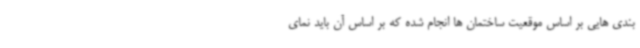
بندی هایی بر اساس موقعیت ساختمان ها انجام شده که بر اساس آن باید نمای